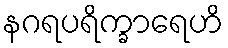
နဂရပရိက္ခာရေဟိ